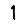
Digit: 1